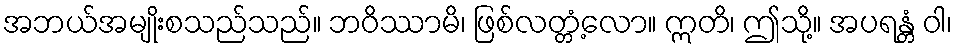
အဘယ်အမျိုးစသည်သည်။ ဘဝိဿာမိ၊ ဖြစ်လတ္တံ့လော။ ဣတိ၊ ဤသို့။ အပရန္တံ ဝါ၊